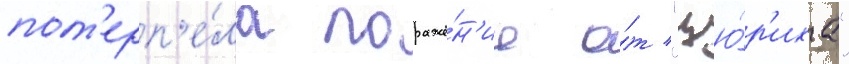
пот'ерп'е́ла пораже́н'ие о́т "цю́р'иха"